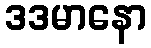
ဒဒမာနော